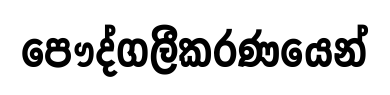
පෞද්ගලීකරණයෙන්